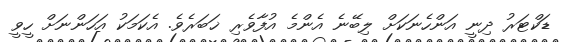
ޑަކްޓަރު ދިނީ އަންހެނަކަށް ލިބޭނެ އެންމެ އުފާވެރި ޚަބަރެވެ. އެކަމަކު އަހަންނަށް ހީވީ